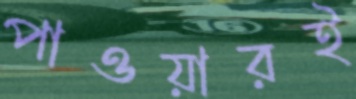
পাওয়ারই